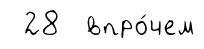
28 впро́чем